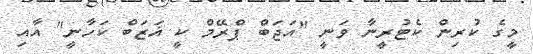
މީގެ ކުރިން ކެޓުރީނާ ވަނީ "އަޖަބް ޕްރޭމް ކީ ޣަޒަބް ކަހާނީ" އާއި